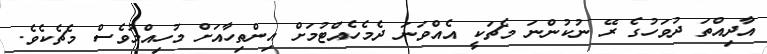
އާދިއްތަ ދުވަހުގެ ރޭ ނުކުންނަ މެޗަކީ އެއްވަނަ ދެމެހެއްޓުމަށް އިންތިހާއަށް މުހިއްމުވެސް މެޗެކެވެ.